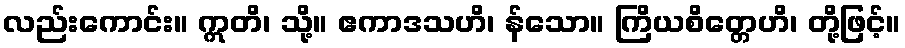
လည်းကောင်း။ ဣတိ၊ သို့။ ဧကာဒသဟိ၊ န်သော။ ကြိယစိတ္တေဟိ၊ တို့ဖြင့်။